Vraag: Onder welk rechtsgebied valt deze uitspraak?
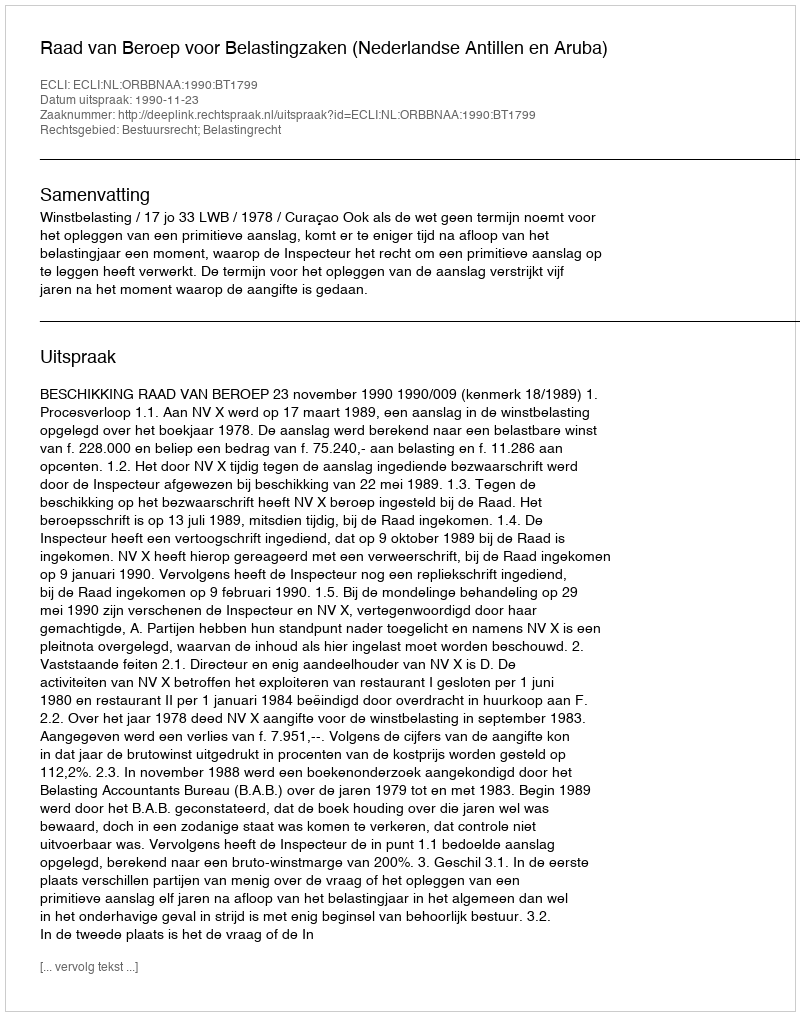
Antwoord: Bestuursrecht; Belastingrecht